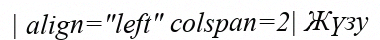
| align="left" colspan=2| Жүзу